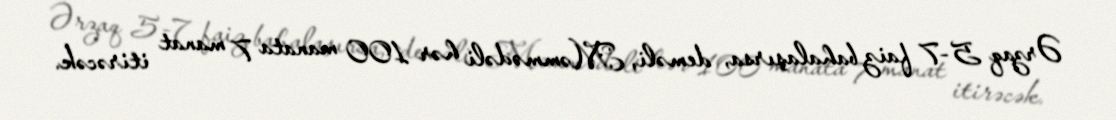
Ərzaq 5-7 faiz bahalaşırsa, deməli, Məmmədəli hər 100 manata 7 manat itirəcək.